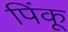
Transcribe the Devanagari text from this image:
पिंकू